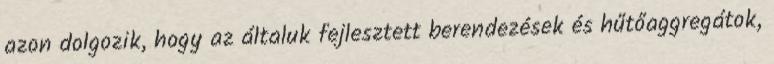
azon dolgozik, hogy az általuk fejlesztett berendezések és hűtőaggregátok,